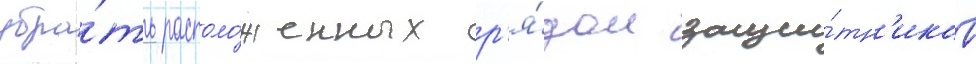
убра́ть располо́женных р'я́дом защи́тн'иков